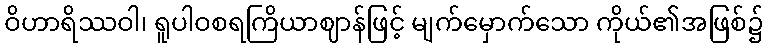
ဝိဟာရိဿဝါ၊ ရူပါဝစရကြိယာဈာန်ဖြင့် မျက်မှောက်သော ကိုယ်၏အဖြစ်၌